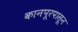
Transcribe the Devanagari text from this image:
कानपूरपासून